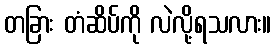
တခြား တံဆိပ်ကို လဲလို့ရသလား။